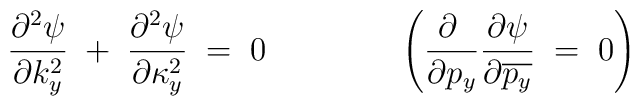
{\frac{\partial^2 \psi}{\partial k^2_y}} \; +\;		{\frac{\partial^2 \psi}{\partial \kappa^2_y}}\; = 		\; 0\qquad\qquad\left( 	{\frac{\partial \;}{\partial p_y}}	{\frac{\partial \psi}{\partial \overline{p_y}}} \; = \; 0\right)